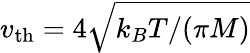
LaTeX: v_{\mathrm{th}}=4\sqrt{k_{B}T/(\pi M)}